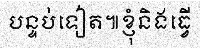
បន្ទប់ទៀត៕ខ្ញុំនិងធ្វើ